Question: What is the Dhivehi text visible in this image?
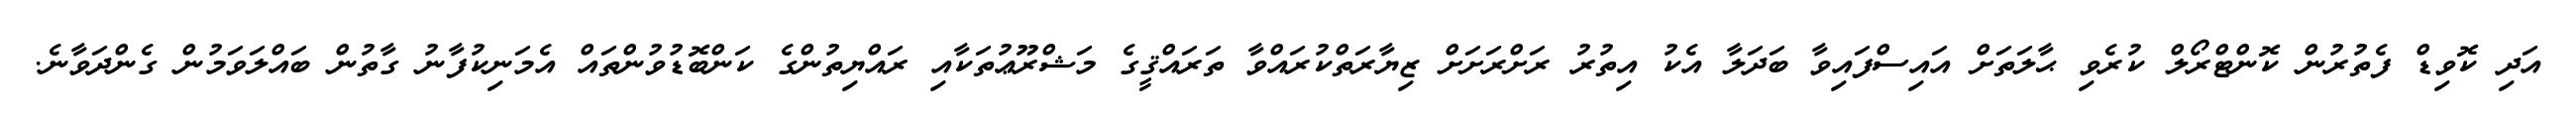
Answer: އަދި ކޮވިޑް ފެތުރުން ކޮންޓްރޯލް ކުރެވި ޙާލަތަށް އައިސްފައިވާ ބަދަލާ އެކު އިތުރު ރަށްރަށަށް ޒިޔާރަތްކުރައްވާ ތަރައްޤީގެ މަޝްރޫޢުތަކާއި ރައްޔިތުންގެ ކަންބޮޑުވުންތައް އެމަނިކުފާނު ގާތުން ބައްލަވަމުން ގެންދަވާނެ.